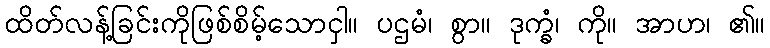
ထိတ်လန့်ခြင်းကိုဖြစ်စိမ့်သောငှါ။ ပဌမံ၊ စွာ။ ဒုက္ခံ၊ ကို။ အာဟ၊ ၏။